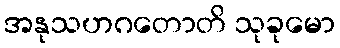
အနုသဟဂတောတိ သုခုမော